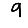
Digit: 9